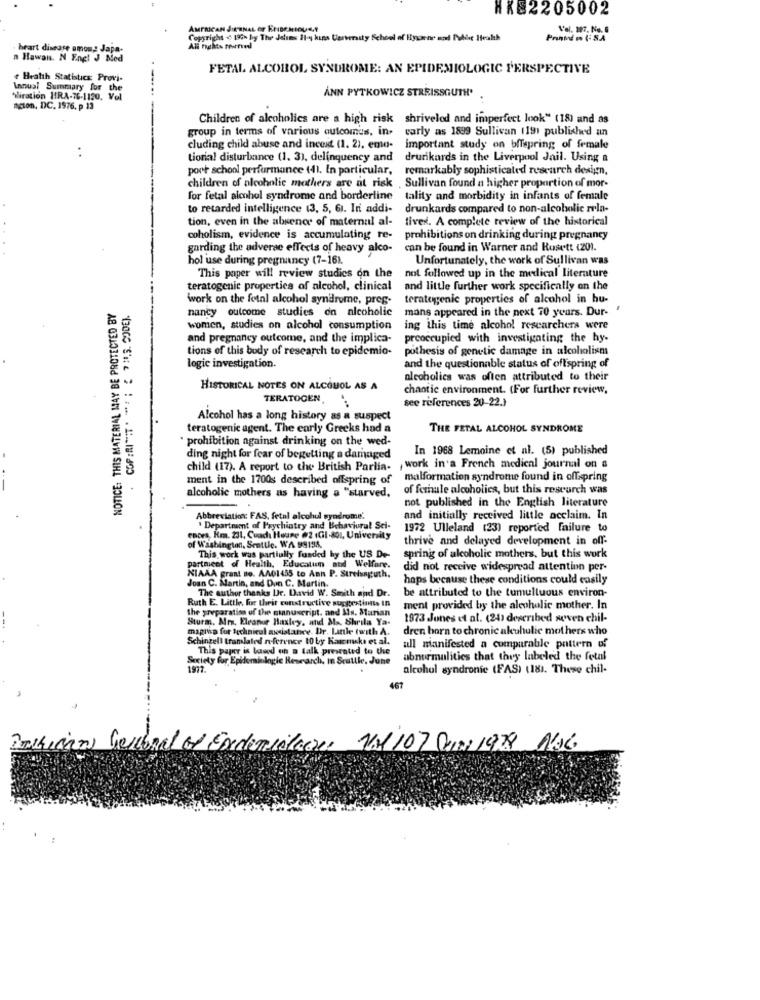
HKE2205002
AMERICAN JERNAL OF EPIDEMIOUM
Vol. 197. No. 6
Copyright ( 196h hy The Jalums 11-y kuns Uerversity School of Byene and Public Health
heart disease omom: Japa-
n Hawan. N Engl J Ned
FETAL ALCOHOL SYNDROME: AN EPIDEMIOLOGIC PERSPECTIVE
Health Statistics Provi-
Annual Summary for the
ANN PYTKOWICZ STREISSGUTH*
Gliration HRA-76-1120, Vol
ngton, DC. 1976. p 13
Children of alcoholics are a high risk shriveled and imperfect look" (18) and as
group in terms of various outcomes, in-
carly as 1899 Sullivan 1191 published an
..
cluding child abuse and incest (1. 2), emo-
important study on bffspring of female
tiorial disturbance (1. 3), delinquency and
drunkards in the Liverpool Jail. Using a
port school performance (4). In particular,
remarkably sophisticated research design,
children of alcoholic mothers are at risk , Sullivan found a higher proportion of mor-
for fetal alcohol syndrome and borderline
tality and morbidity in infants of female
to retarded intelligence (3, 5, 61. In addi-
drunkards compared to non-alcoholic rela-
tion, even in the absence of maternal al-
tiver. A complete review of the historical
coholism, evidence is accumulating re-
prohibitions on drinking during pregnancy
garding the adverse effects of heavy alco-
can be found in Warner and Rosett (201.
hol use during pregnancy (7-16).
Unfortunately, the work of Sullivan was
This paper will review studies on the
not followed up in the medical literature
teratogenic properties of alcohol, clinical
and little further work specifically on the
work on the fetal alcohol syndrome, preg-
teratogenic properties of alcohol in hu-
NOTICE: THIS MATERIAL MAY BE PROTECTED BY
nancy outcome studies on alcoholic
mans appeared in the next 70 years. Dur- '
women, studies on alcohol consumption
ing this time alcohol researchers were
and pregnancy outcome, and the implica-
preoccupied with investigating the hy-
tions of this body of research to epidemio-
pothesis of genetic damage in alcoholism
logic investigation.
and the questionable status of offspring of
alcoholics was often attributed to their
HISTORICAL NOTES ON ALCOHOL AS A
chaotic environment. (For further review,
TERATOCEN,
see references 20-22.1
Alcohol has a long history as a suspect
teratogenic agent. The carly Greeks had a
THE FETAL ALCOHOL SYNDROME
· prohibition against drinking on the wed-
In 1968 Lemoine et al. (5) published
ding night for fear of begetting a damaged
child (17). A report to the British Parlia- , work in'a French medical journal on a
ment in the 1700s described offspring of
malformation syndrome found in offspring
of ferhule alcoholics, but this research was
alcoholic mothers as having a "starved,
not published in the English literature
Abbreviation: FAS, fetal alcohol syndrome.
and initially received little acclaim. In
Department of Prychiatry and Behavioral Sei-
1972 Ulleland (23) reported failure to
ences, Rm. 231, Coach House #2 (Gil-801, University
thrive and delayed development in off-
of Washington, Seattle, WA 99195.
partment of Health, Educatum and Welfare.
This work was partially funded by the US De-
spring of alcoholic mothers, but this work
did not receive widespread attention per-
KIAAA grant no. AA01455 to Ann P. Strefunguth,
Joan C. Martin, and Dun C. Martin.
haps because these conditions could easily
The author thanks Ur. David W. Smith and Dr.
Ruth E. Little, for their constructive suggestiats In
be attributed to the tumultuous environ-
the preparation of the manuscript. and Als. Marian
ment provided by the alcoholic mother. In
Sturm, Mrs. Eleanor Huxley, and Ma. Shrila Ya.
1973 Jones et al. (24) described seven chil-
magina for Ichnieul assistance. Dr. Lanle twith A.
dren born to chronic alcoholic mothers who
Schintell tramlated reference 10 by Kanske et al.
This paper is based on a talk presented to the
ull manifested a comparable pattern of
Society for Epidemiologic Research, In Scuttle. June
abnormalities that they labeled the fetal
1977.
alcohol syndronic (FAS) (18). These chil-
467
Inskican Geloral of Exdanielacec 101 107 Juini 1978 Alsc.